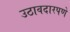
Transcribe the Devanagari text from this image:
उठावदारपणे